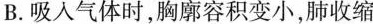
B.吸人气体时，胸廓容积变小，肺收缩